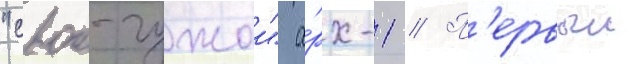
"свои-чужои" а́рх-1 // П'ервыи